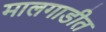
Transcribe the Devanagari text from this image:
मालगाडीत